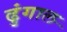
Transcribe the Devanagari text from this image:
ढुंगाल